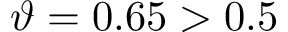
\vartheta = 0 . 6 5 > 0 . 5